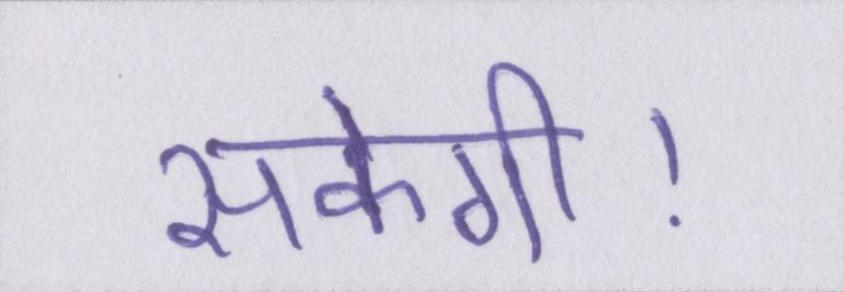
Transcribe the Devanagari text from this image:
सकेगी।